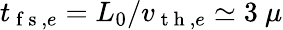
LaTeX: t_{\mathrm{~f~s~},e}=L_{0}/v_{\mathrm{~t~h~},e}\simeq 3~\mu